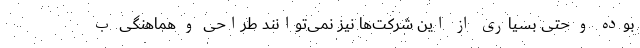
بوده و حتی بسیاری از این شرکت‌ها نیز نمی‌توانند طراحی و هماهنگی ب